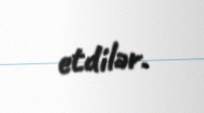
etdilər.